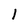
Character: l